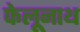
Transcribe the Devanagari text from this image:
फेलूनाथ